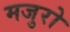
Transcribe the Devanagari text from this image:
मजुरो